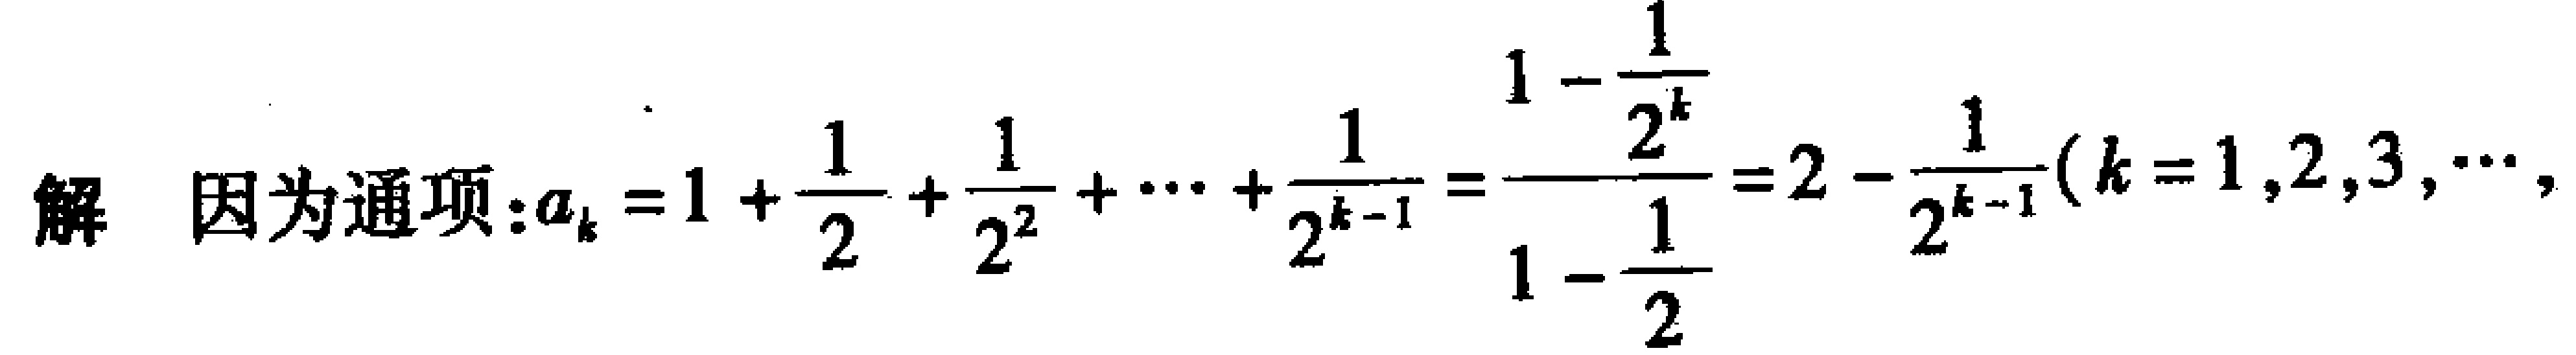
解 因为通项：\(a_{k}=1 + \frac{1}{2}+\frac{1}{2^{2}}+\cdots+\frac{1}{2^{k - 1}}=\frac{1 - \frac{1}{2^{k}}}{1 - \frac{1}{2}}=2-\frac{1}{2^{k - 1}}(k = 1,2,3,\cdots)\)